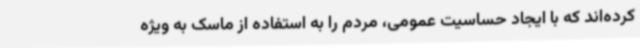
کرده‌اند که با ایجاد حساسیت عمومی، مردم را به استفاده از ماسک به ویژه